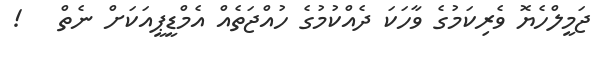
ޖަމީލްހެޔޮ ވެރިކަމުގެ ވާހަކަ ދެއްކުމުގެ ހުއްޖަތެއް އެމްޑީޕީއަކަށް ނެތް   !